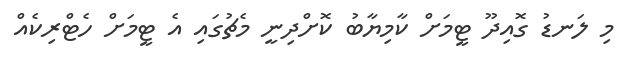
މި ލަނޑު ގޮއިދޫ ޓީމަށް ކާމިޔާބު ކޮށްދިނީ މެޗުގައި އެ ޓީމަށް ހެޓްރިކެއް